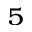
^ { 5 }